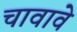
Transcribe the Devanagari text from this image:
चावावे